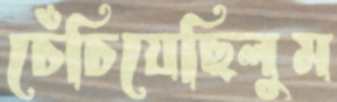
চেঁচিয়েছিলুম